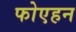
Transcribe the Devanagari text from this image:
फोएहन